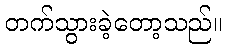
တက်သွားခဲ့တော့သည်။